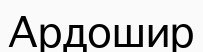
Ардошир